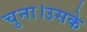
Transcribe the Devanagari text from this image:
चुना।उसके